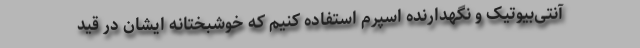
آنتی‌بیوتیک و نگهدارنده اسپرم استفاده کنیم که خوشبختانه ایشان در قید